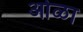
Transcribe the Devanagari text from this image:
ओळा